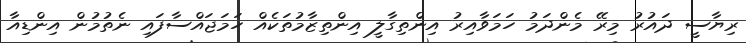
ރިޔާސީ ދައުރު މިރޭ މެންދަމު ހަމަވާއިރު އިންތިގާލީ އިންތިޒާމުތަކެއް ހަމަޖައްސާފައި ނެތުމުން އިންޑިއާ